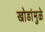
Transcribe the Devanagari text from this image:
खोडांमुळे